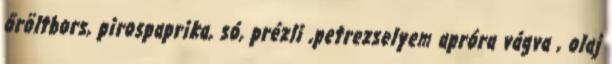
őröltbors, pirospaprika, só, prézli ,petrezselyem apróra vágva , olaj